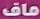
ماف